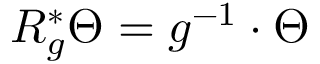
R _ { g } ^ { * } \Theta = g ^ { - 1 } \cdot \Theta